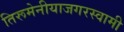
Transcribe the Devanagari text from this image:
तिरूमेनीयाजगरस्वामी